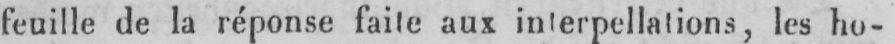
feuille de la réponse faite aux interpellations, les ho-